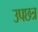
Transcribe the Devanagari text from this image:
उपछत्र